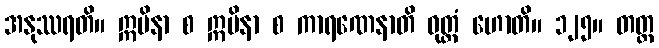
အနုဿရတိ။ ဣမိနာ စ ဣမိနာ စ ကာရဏေနာတိ ဝုတ္တံ ဟောတိ။ ၁၂၅။ တတ္ထ